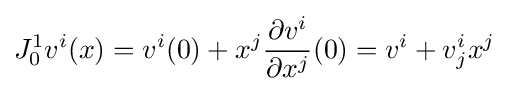
J_{0}^{1}v^{i}(x)=v^{i}(0)+x^{j}{\frac {\partial v^{i}}{\partial x^{j}}}(0)=v^{i}+v_{j}^{i}x^{j}